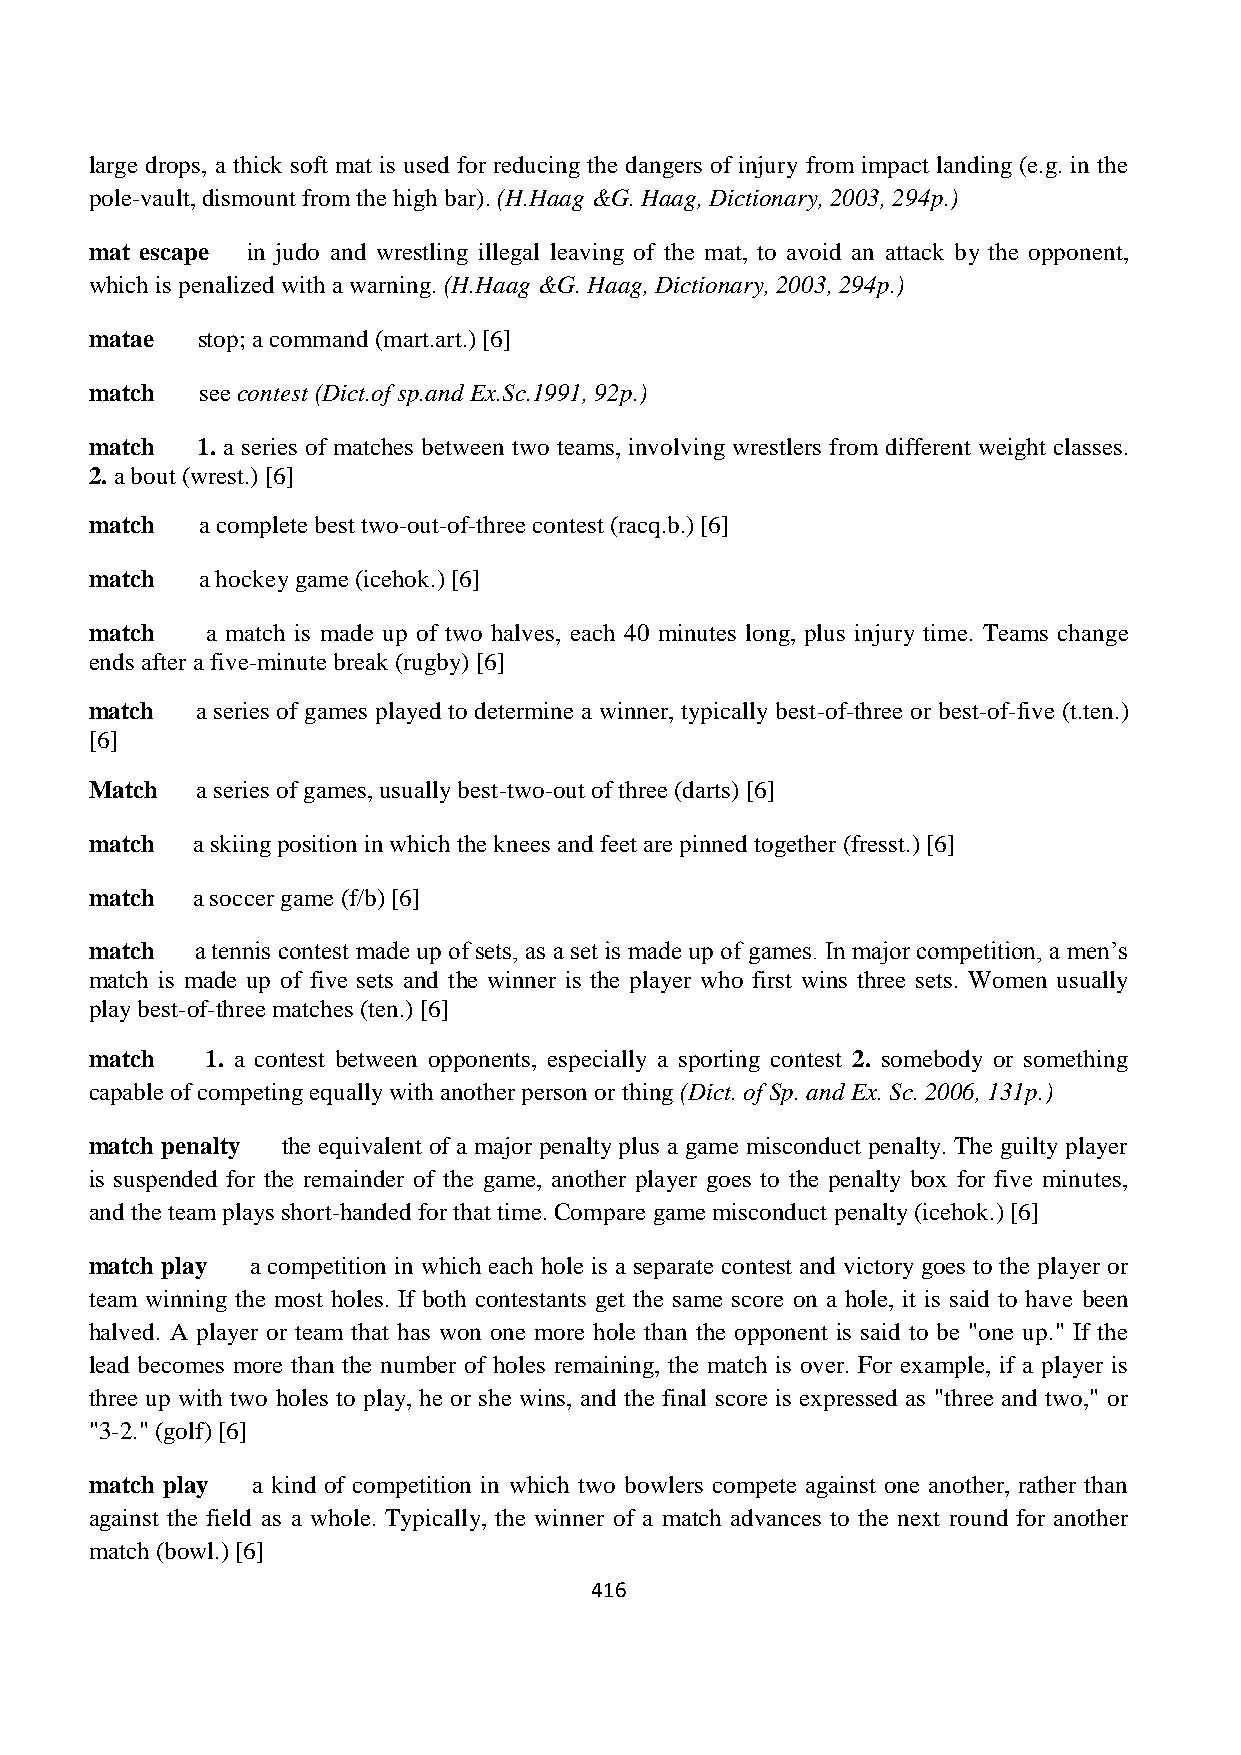
large drops, a thick soft mat is used for reducing the dangers of injury from impact landing (e.g. in the
 pole-vault, dismount from the high bar). (H.Haag &G. Haag, Dictionary, 2003, 294p.)
 mat escape in judo and wrestling illegal leaving of the mat, to avoid an attack by the opponent,
 which is penalized with a warning. (H.Haag &G. Haag, Dictionary, 2003, 294p.)
 matae  stop; a command (mart.art.) [6]
 match  see contest (Dict.of sp.and Ex.Sc.1991, 92p.)
 match  1. a series of matches between two teams, involving wrestlers from different weight classes.
 2. a bout (wrest.) [6]
 match  a complete best two-out-of-three contest (racq.b.) [6]
 match  a hockey game (icehok.) [6]
 match   a match is made up of two halves, each 40 minutes long, plus injury time. Teams change
 ends after a five-minute break (rugby) [6]
 match  a series of games played to determine a winner, typically best-of-three or best-of-five (t.ten.)
 [6]
 Match  a series of games, usually best-two-out of three (darts) [6]
 match  a skiing position in which the knees and feet are pinned together (fresst.) [6]
 match  a soccer game (f/b) [6]
 match  a tennis contest made up of sets, as a set is made up of games. In major competition, a men’s
 match is made up of five sets and the winner is the player who first wins three sets. Women usually
 play best-of-three matches (ten.) [6]
 match   1. a contest between opponents, especially a sporting contest 2. somebody or something
 capable of competing equally with another person or thing (Dict. of Sp. and Ex. Sc. 2006, 131p.)
 match penalty the equivalent of a major penalty plus a game misconduct penalty. The guilty player
 is suspended for the remainder of the game, another player goes to the penalty box for five minutes,
 and the team plays short-handed for that time. Compare game misconduct penalty (icehok.) [6]
 match play a competition in which each hole is a separate contest and victory goes to the player or
 team winning the most holes. If both contestants get the same score on a hole, it is said to have been
 halved. A player or team that has won one more hole than the opponent is said to be "one up." If the
 lead becomes more than the number of holes remaining, the match is over. For example, if a player is
 three up with two holes to play, he or she wins, and the final score is expressed as "three and two," or
 "3-2." (golf) [6]
 match play a kind of competition in which two bowlers compete against one another, rather than
 against the field as a whole. Typically, the winner of a match advances to the next round for another
 match (bowl.) [6]
 416